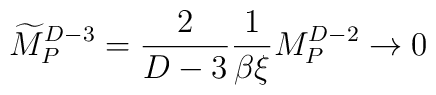
{\widetilde M}_P^{D-3}={2\over{D-3}}{1\over\beta\xi} M_P^{D-2}\rightarrow 0